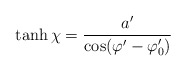
\begin{align*}\tanh \chi =\frac{a^{\prime }}{\cos (\varphi ^{\prime }-\varphi _{0}^{\prime})}\end{align*}